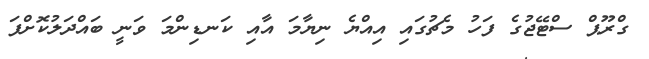
ގްރޫޕް ސްޓޭޖުގެ ފަހު މެޗުގައި އިއްޔެ ނިޔާމަ އާއި ކަނޑިންމަ ވަނީ ބައްދަލުކޮށްފަ